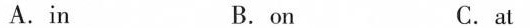
A.in B.on C.at